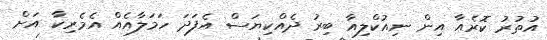
އުތުރު ކޮރެއާ އިން ނިއުކްލިއާ ބިރު ދެއްކިޔަސް އެފަދަ ހަމަލާއެއް އެމެރިކާ އަށް